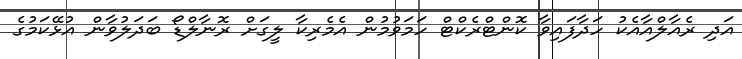
އަދި ރެއާލްއާއެކު ހަދާފައިވާ ކޮންޓްރެކްޓް ހަމަވުމުން އެމެރިކާ ލީގަށް ރޮނާލްޑޯ ބަދަލުވާން އުޅޭކަމުގެ